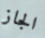
الجاز